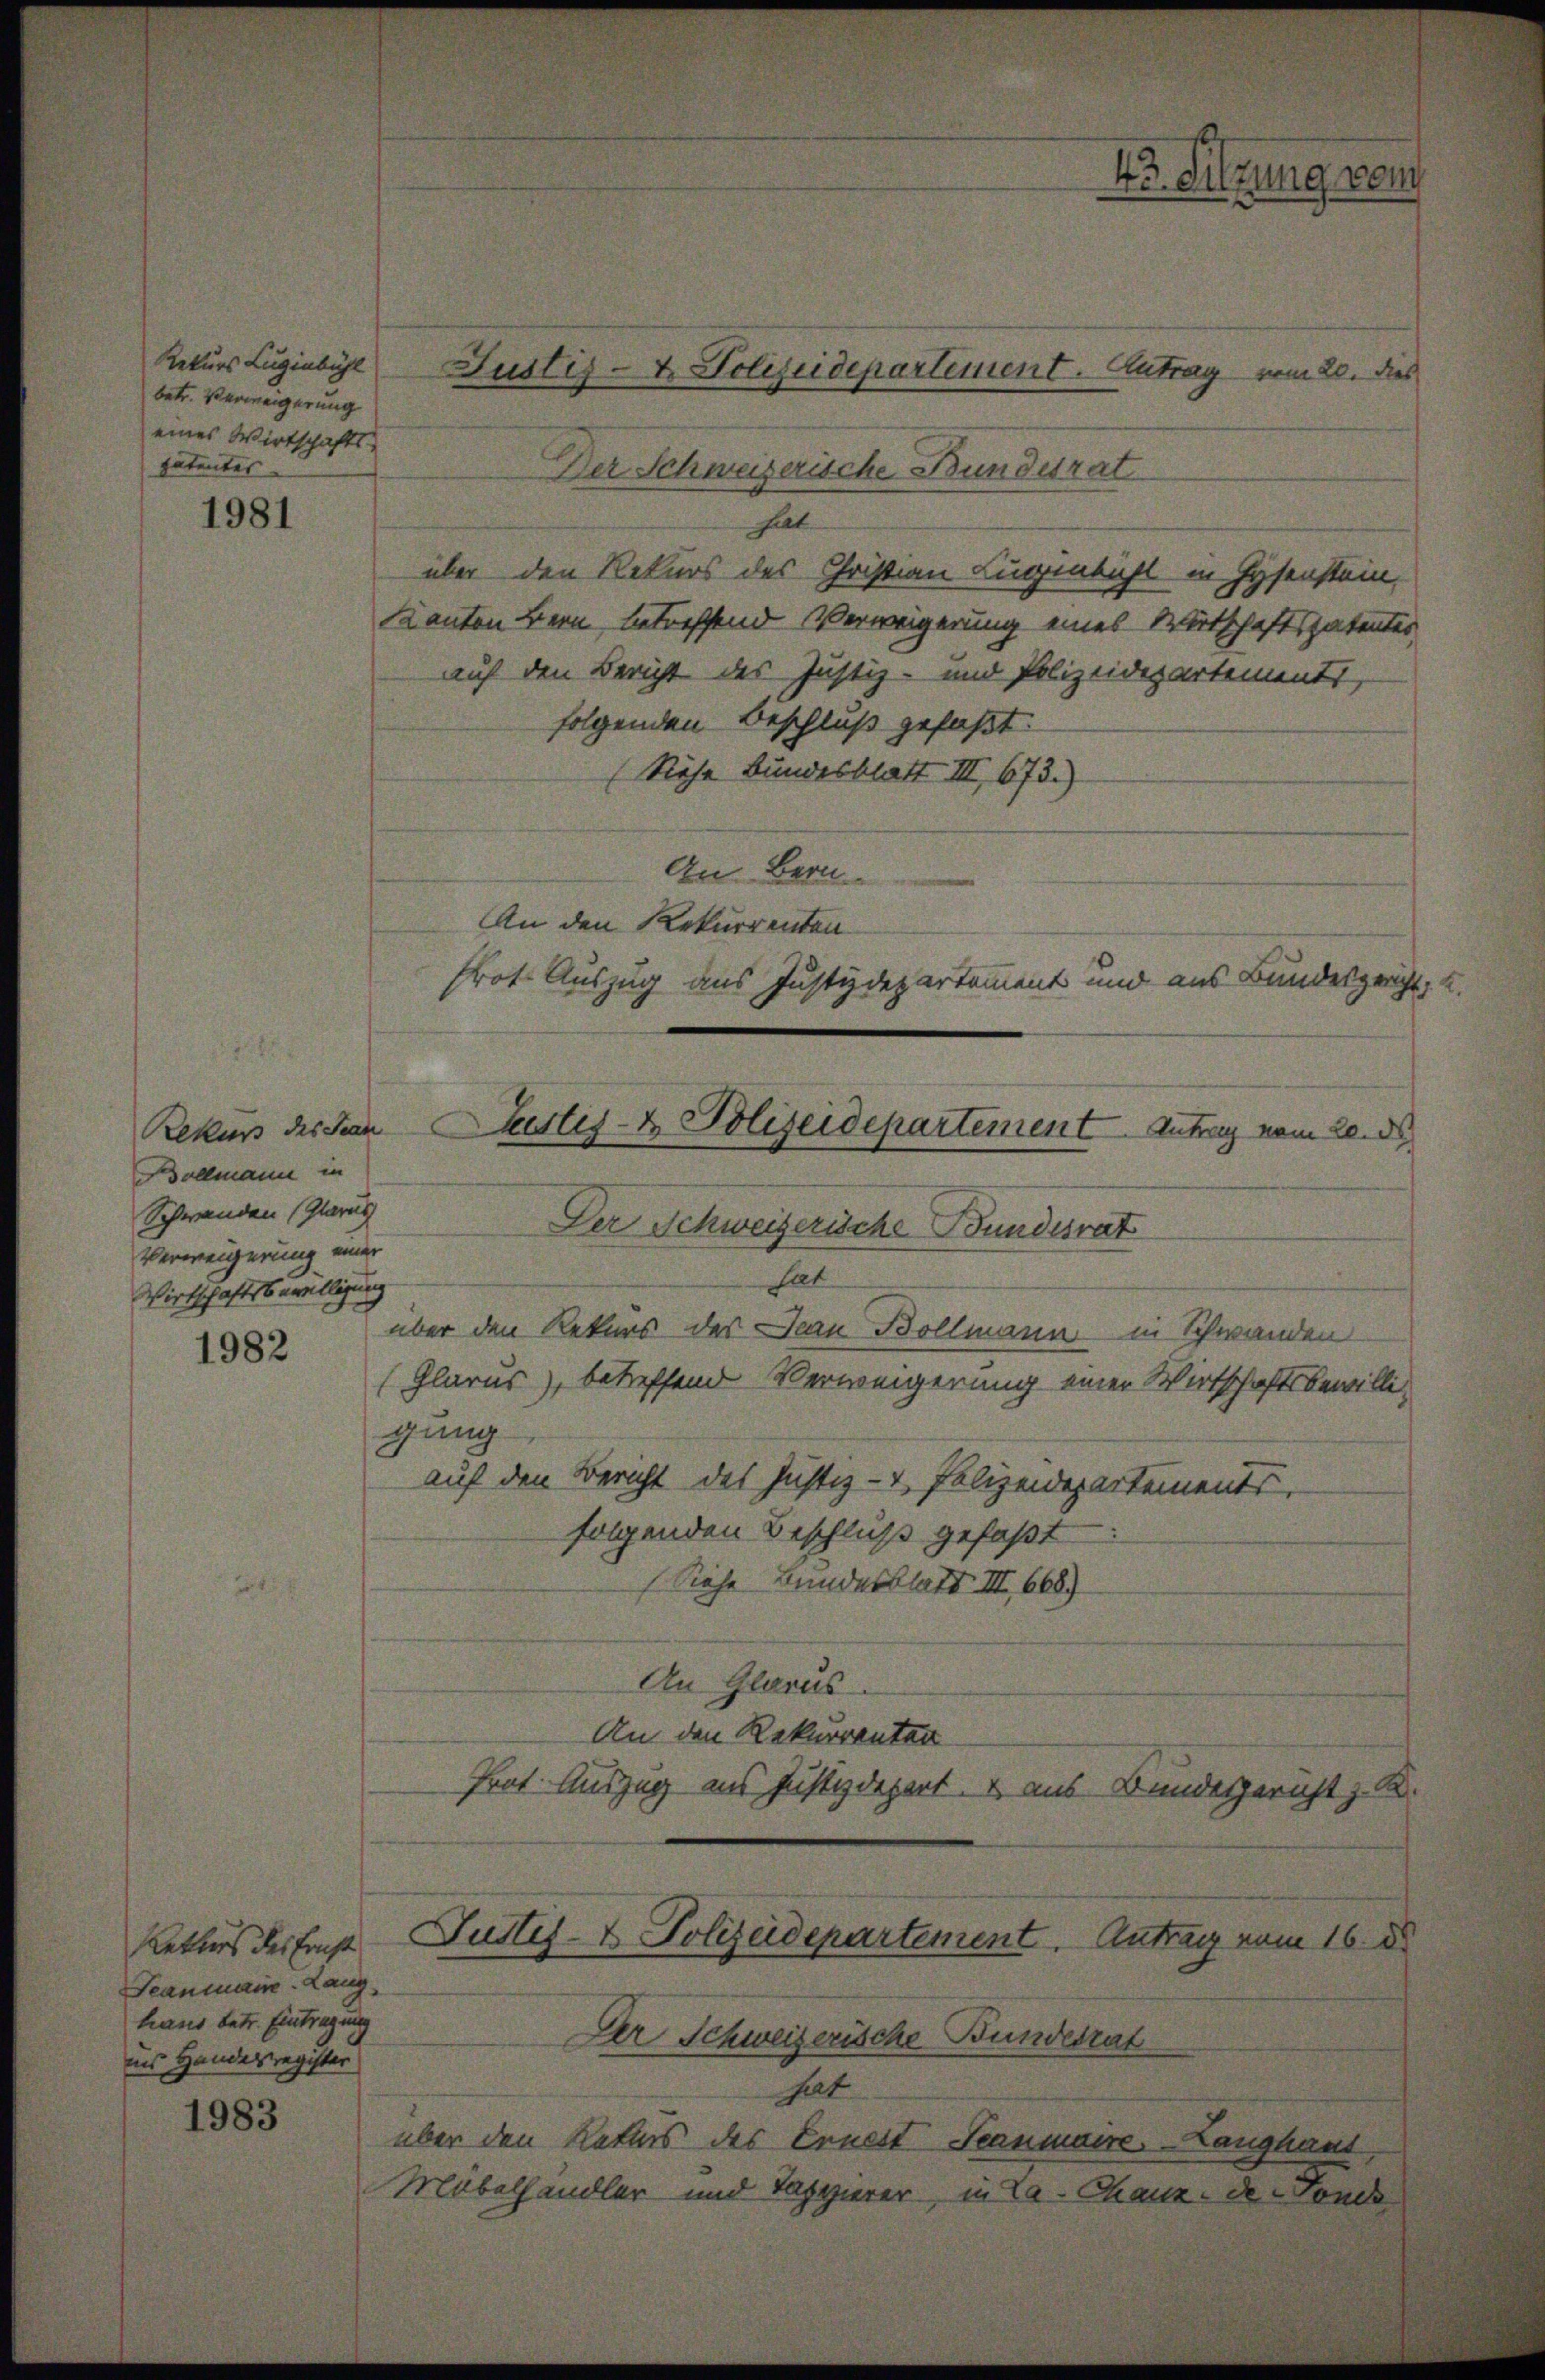
Rekurs Lugenbühl
betr. Verweigerung
eines Wirtschafts-
patentes

1981

Bollmann in
Schwanden (Glarus
Verweigerung einer
Wirtschaftsbewilligung
1982

Seanmaine-Lang
haus betr. Eintragung
ans Handesregister

1983

Der Schweizerische Bundesrat
hat
über den Rekurs des Christian Lugenbühl in Hysenstein,
Kanton Bern, betreffend Verweigerung eines Wirtschaftspatentes,
auf den Bericht des Justiz- und Polizeidepartements,
folgenden Beschluß gefaßt.
(Siehe Bundesblatt III 673.)
An Bern
An den Rekurrenten
Prot. Auszug aus Justizdepartement und aus Bundesgericht,
über den Rekurs des Jean Bollmann in Schwanden
(Glarus), betreffend Verweigerung einer Wirtschaftsbewilligung
auf den Bericht des Justiz- & Polizeidepartements,
folgenden Beschluß gefaßt
(Siehe Bundesblatt III 668)
An Glarus.
An den Rekurrenten
Prot. Auszug aus Justizdepert & aus Bundesgericht z. B.
Retteurs derfinst Justiz- & Polizeidepartement. Antrag vom 16. d
Der Schweizerische Bundesrat
hat
über den Naturs des Ernest Seanmaire. Langhaus
Möbelhandler und Tappierer, in La-Chaux de conde

Justiz- & Polizeidepartement. Antrag vom 20. dies

Rekurs des von Justiz- & Polizeidepartement Antrag vom 20. d
Der Schweizerische Bundesrat
hat

43. Sitzung gem